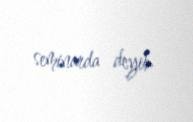
seminarda deyib.